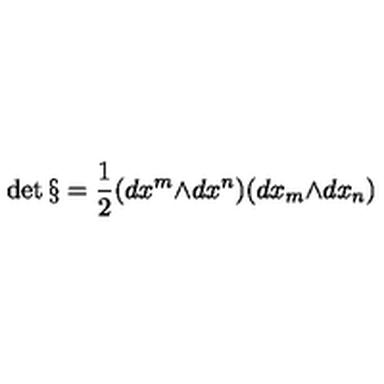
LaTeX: \det { \S } = { \frac { 1 } { 2 } } ( d { x ^ { m } } { \wedge } d { x ^ { n } } ) ( d { x _ { m } } { \wedge } d { x _ { n } } )